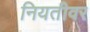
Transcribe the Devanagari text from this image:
नियतीवर